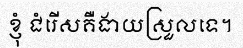
ខ្ញុំ ជំរើសគឺងាយស្រួលទេ។